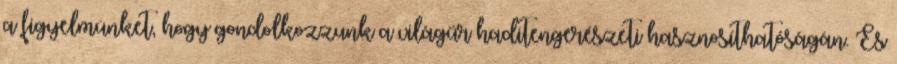
a figyelmünket, hogy gondolkozzunk a világűr haditengerészeti hasznosíthatóságán. És